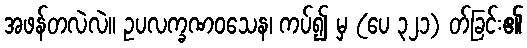
အဖန်တလဲလဲ။ ဥပလက္ခဏဝသေန၊ ကပ်၍ မှ (ပေ ၃၂၁) တ်ခြင်း၏